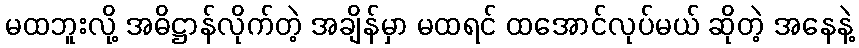
မထဘူးလို့ အဓိဋ္ဌာန်လိုက်တဲ့ အချိန်မှာ မထရင် ထအောင်လုပ်မယ် ဆိုတဲ့ အနေနဲ့